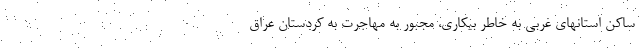
ساکن استانهای غربی به خاطر بیکاری، مجبور به مهاجرت به کردستان عراق